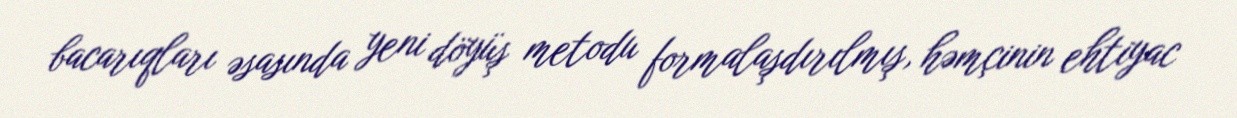
bacarıqları əsasında yeni döyüş metodu formalaşdırılmış, həmçinin ehtiyac